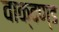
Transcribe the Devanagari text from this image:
वाक्दण्ड